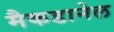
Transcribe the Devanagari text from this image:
मैकडानेल